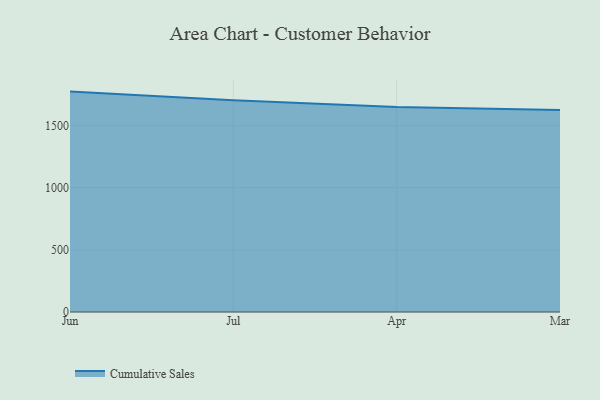
{"axis": {"x": "Month", "y": "Active Users"}, "legend": ["Cumulative Sales"], "data": [{"x": "Jun", "y": 1773.2, "type": "Cumulative Sales"}, {"x": "Jul", "y": 1703.2, "type": "Cumulative Sales"}, {"x": "Apr", "y": 1648.5, "type": "Cumulative Sales"}, {"x": "Mar", "y": 1624.9, "type": "Cumulative Sales"}]}